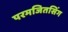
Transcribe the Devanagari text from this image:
परमजितसिंग